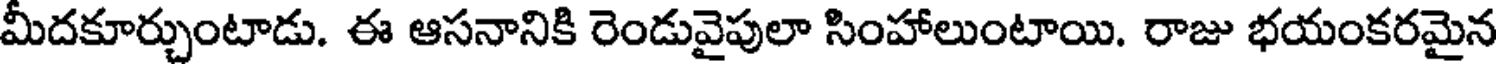
మీదకూర్చుంటాడు. ఈ ఆసనానికి రెండువైపులా సింహాలుంటాయి. రాజు భయంకరమైన